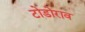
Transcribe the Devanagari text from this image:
टोडोराव